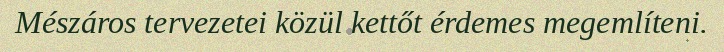
Mészáros tervezetei közül kettőt érdemes megemlíteni.